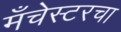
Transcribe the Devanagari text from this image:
मँचेस्टरचा